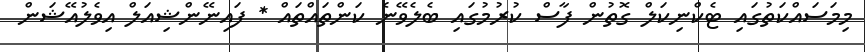
މިމަސައްކަތުގައި ޓެކްނިކަލް ގޮތުން ފާސް ކުރުމުގައި ބެލެވޭނެ ކަންތައްތައް * ފައިނޭންޝިއަލް އިވެލުއޭޝަން